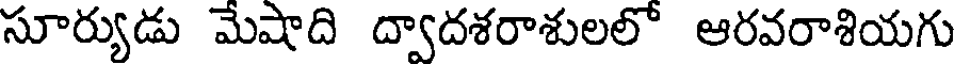
సూర్యుడు మేషాది ద్వాదశరాశులలో ఆరవరాశియగు